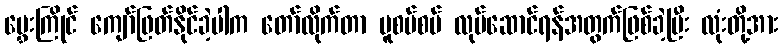
မွှေးကြိုင် ကျော်ဖြတ်နိုင်ခဲ့ပါက တော်လိုက်တာ ပူစပ်စပ် လုပ်ဆောင်ရန်အတွက်ဖြစ်ခဲ့ပြီး လုံးတို့အား